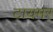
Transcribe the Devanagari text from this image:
टायमर